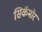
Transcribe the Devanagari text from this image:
सिकॅमोर